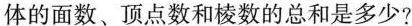
体的面数、顶点数和棱数的总和是多少?